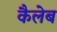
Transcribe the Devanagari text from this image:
कैलेब